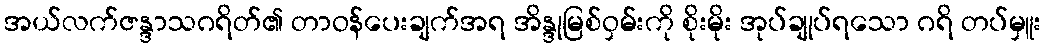
အယ်လက်ဇန္ဒာသဂရိတ်၏ တာဝန်ပေးချက်အရ အိန္ဒုမြစ်ဝှမ်းကို စိုးမိုး အုပ်ချုပ်ရသော ဂရိ တပ်မှူး